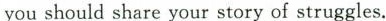
you should share your story of struggles.